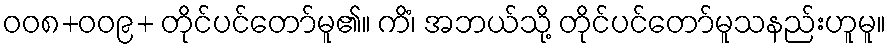
၀၀၈+၀၀၉+ တိုင်ပင်တော်မူ၏။ ကိံ၊ အဘယ်သို့ တိုင်ပင်တော်မူသနည်းဟူမူ။